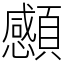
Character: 䫲